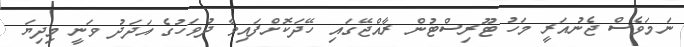
ނަމަވެސް ޖެނުއަރީ މަހު ޓޫރިސްޓުން ރާއްޖޭގައި ހޭދަކޮށްފައިވާ ދުވަހުގެ އަދަދު ވަނީ މިދިޔަ